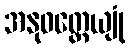
အနုဝတ္တေယျုံ